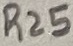
Text: R25